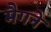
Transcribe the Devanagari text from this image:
मैगने